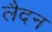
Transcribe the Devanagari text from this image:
लैदन